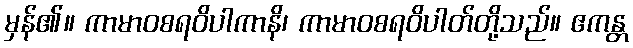
မှန်၏။ ကာမာဝစရဝိပါကာနိ၊ ကာမာဝစရဝိပါတ်တို့သည်။ ဧကန္တ